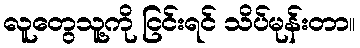
လူတွေသူ့ကို ငြင်းရင် သိပ်မုန်းတာ။